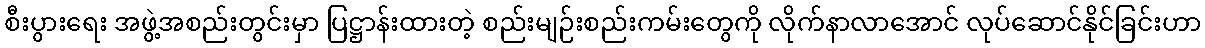
စီးပွားရေး အဖွဲ့အစည်းတွင်းမှာ ပြဋ္ဌာန်းထားတဲ့ စည်းမျဉ်းစည်းကမ်းတွေကို လိုက်နာလာအောင် လုပ်ဆောင်နိုင်ခြင်းဟာ